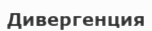
Дивергенция